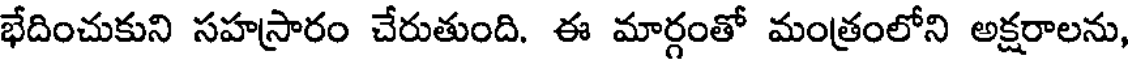
భేదించుకుని సహస్రారం చేరుతుంది. ఈ మార్గంతో మంత్రంలోని అక్షరాలను,